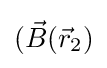
({\vec {B}}({\vec {r}}_{2})